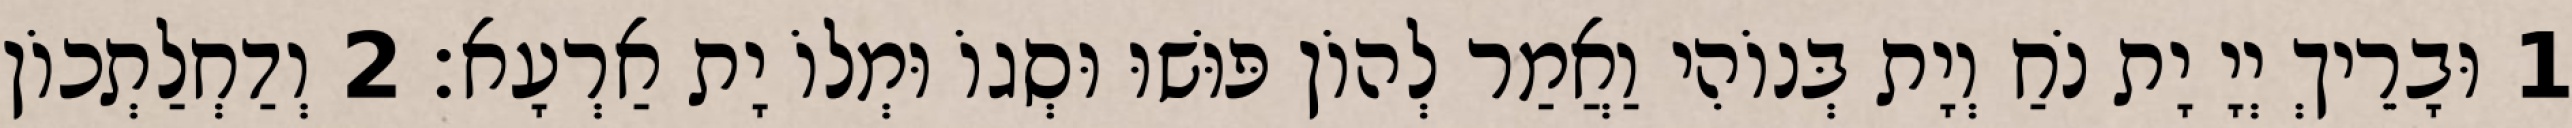
1 וּבָרֵיךְ יְיָ יָת נֹחַ וְיָת בְּנוֹהִי וַאֲמַר לְהוֹן פּוּשׁוּ וּסְגוֹ וּמְלוֹ יָת אַרְעָא׃ 2 וְדַחְלַתְכוֹן